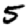
Digit: 5